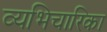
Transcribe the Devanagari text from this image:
व्यभिचारिका